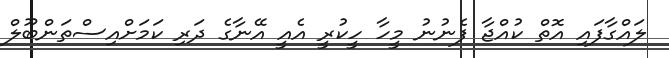
ލައްގާފައި އޮތް ކުއްޖާ ފެނުނު މީހާ ހީކުރީ އެއީ އޭނާގެ ދަރި ކަމަށްއިސްތަންބޫލް